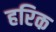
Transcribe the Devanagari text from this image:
हरिक